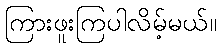
ကြားဖူးကြပါလိမ့်မယ်။